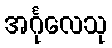
အင်္ဂုလေသု